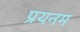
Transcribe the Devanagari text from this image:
प्रयनम